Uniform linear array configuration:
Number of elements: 32
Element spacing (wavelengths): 1
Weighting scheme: blackman
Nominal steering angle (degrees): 45
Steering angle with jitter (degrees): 44.545
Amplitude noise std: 0.05
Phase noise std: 0.05

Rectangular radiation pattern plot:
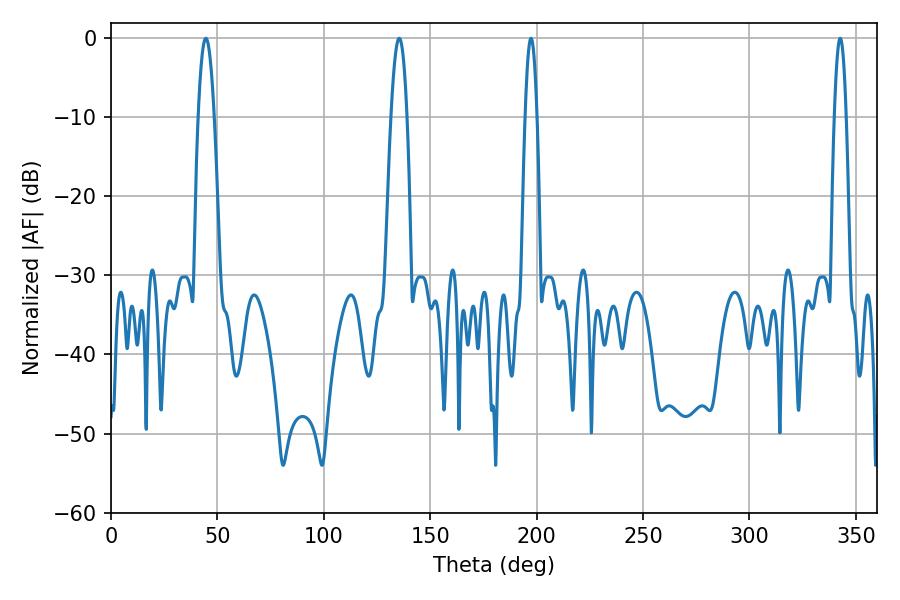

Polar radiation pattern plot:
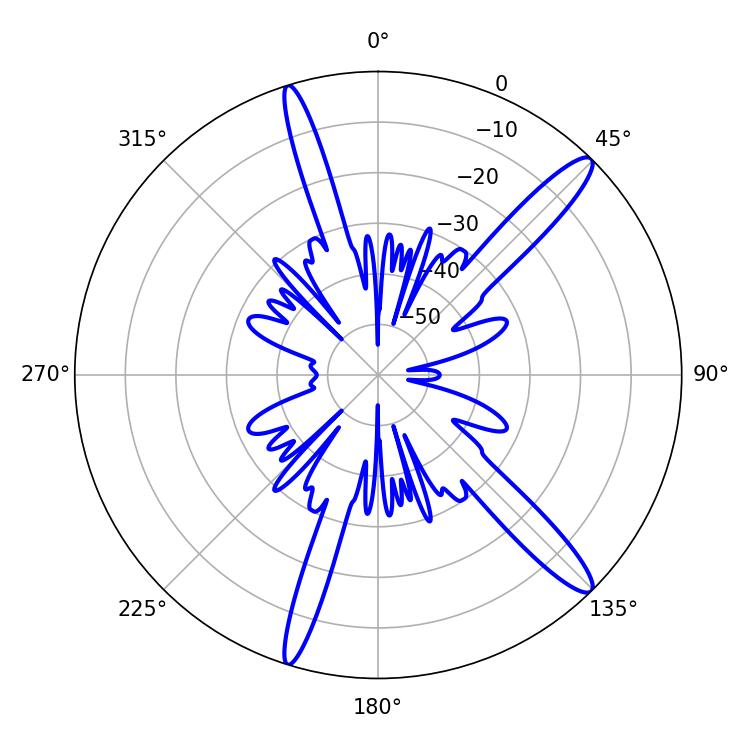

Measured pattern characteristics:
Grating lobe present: TRUE
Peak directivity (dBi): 14.243
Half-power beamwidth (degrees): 4.14
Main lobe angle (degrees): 44.64